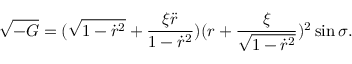
\sqrt { - G } = ( \sqrt { 1 - \dot { r } ^ { 2 } } + \frac { \xi \ddot { r } } { 1 - \dot { r } ^ { 2 } } ) ( r + \frac { \xi } { \sqrt { 1 - \dot { r } ^ { 2 } } } ) ^ { 2 } \sin \sigma .